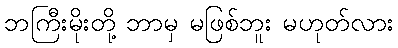
ဘကြီးမိုးတို့ ဘာမှ မဖြစ်ဘူး မဟုတ်လား